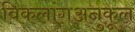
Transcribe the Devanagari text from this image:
विकलांगअनुकूल